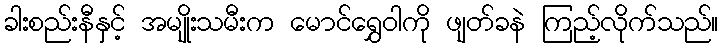
ခါးစည်းနီနှင့် အမျိုးသမီးက မောင်ရွှေဝါကို ဖျတ်ခနဲ ကြည့်လိုက်သည်။